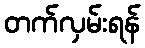
တက်လှမ်းရန်